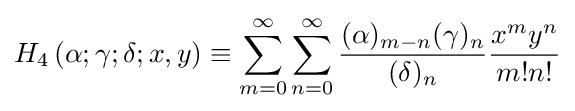
H_{4}\left(\alpha ;\gamma ;\delta ;x,y\right)\equiv \sum _{m=0}^{\infty }\sum _{n=0}^{\infty }{\frac {(\alpha )_{m-n}(\gamma )_{n}}{(\delta )_{n}}}{\frac {x^{m}y^{n}}{m!n!}}